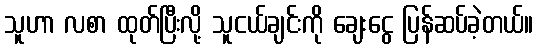
သူဟာ လစာ ထုတ်ပြီးလို့ သူငယ်ချင်းကို ချေးငွေ ပြန်ဆပ်ခဲ့တယ်။